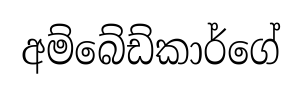
අම්බේඩ්කාර්ගේ